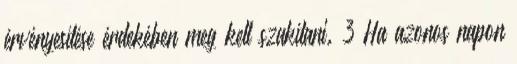
érvényesítése érdekében meg kell szakítani. 3 Ha azonos napon